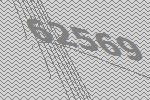
62569